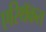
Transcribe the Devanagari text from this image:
एरिथॅकस